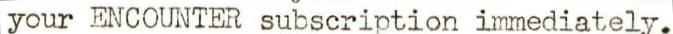
your ENCOUNTER subscription immediately.